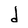
Character: d